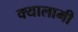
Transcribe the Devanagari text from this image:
क्यालामी